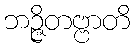
ဘဉ္ဇိတဗ္ဗာတိ